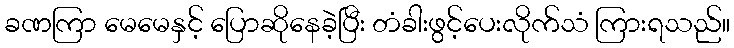
ခဏကြာ မေမေနှင့် ပြောဆိုနေခဲ့ပြီး တံခါးဖွင့်ပေးလိုက်သံ ကြားရသည်။